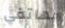
بهاتفي